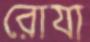
রোযা